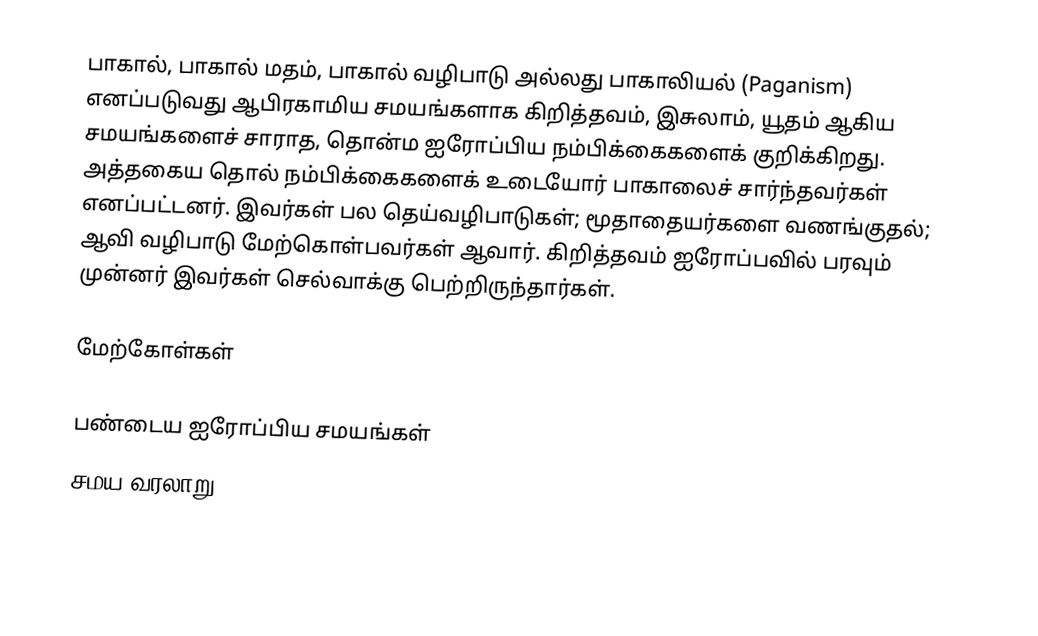
பாகால், பாகால் மதம், பாகால் வழிபாடு அல்லது பாகாலியல் (Paganism) எனப்படுவது ஆபிரகாமிய சமயங்களாக கிறித்தவம், இசுலாம், யூதம் ஆகிய சமயங்களைச் சாராத, தொன்ம ஐரோப்பிய நம்பிக்கைகளைக் குறிக்கிறது. அத்தகைய தொல் நம்பிக்கைகளைக் உடையோர் பாகாலைச் சார்ந்தவர்கள் எனப்பட்டனர். இவர்கள் பல தெய்வழிபாடுகள்; மூதாதையர்களை வணங்குதல்; ஆவி வழிபாடு மேற்கொள்பவர்கள் ஆவார். கிறித்தவம் ஐரோப்பவில் பரவும் முன்னர் இவர்கள் செல்வாக்கு பெற்றிருந்தார்கள்.

மேற்கோள்கள்

பண்டைய ஐரோப்பிய சமயங்கள்
சமய வரலாறு